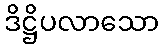
ဒိဋ္ဌိပလာသော